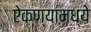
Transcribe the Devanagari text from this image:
ऐकण्यामध्ये